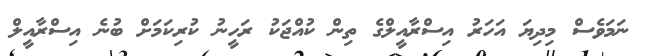
ނަމަވެސް މިދިޔަ އަހަރު އިސްރާއީލްގެ ތިން ކުއްޖަކު ރަހީނު ކުރިކަމަށް ބުނެ އިސްރާއީލް